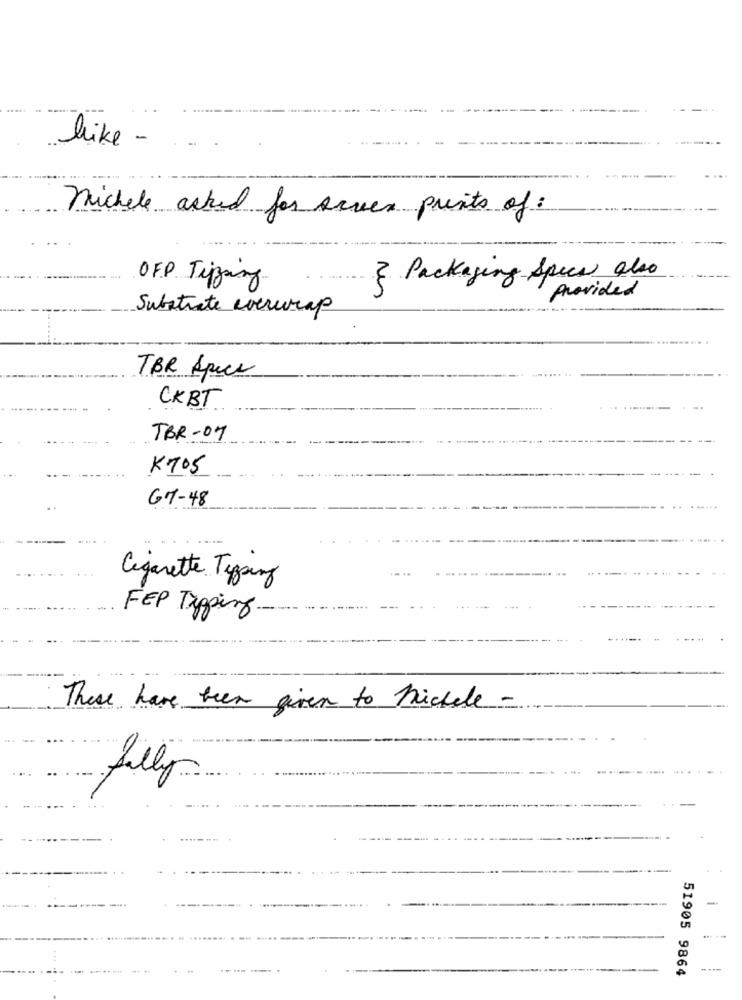
like -
michele asked for screen prints of :
& Packaging Specs also
OFP Tipsing
provided
Substrate everwrap
TBR Speck
CKBT
TBR- 07
K705
GM-48
Cigarette Tipping
FEP Tapping.
These have been given to Michele -
filly
-
---- --
51905 9864